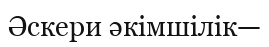
Әскери әкімшілік—